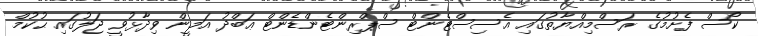
ކޯސް ފެށުމުގެ ރަސްމިއްޔާތުގައި އެސިސްޓެންޓް ސްޕްރިންޓެންޑެންޓް ޢަބްދު އަމީން ވިދާޅުވީ ޖަލުގައި ޙުކުމް